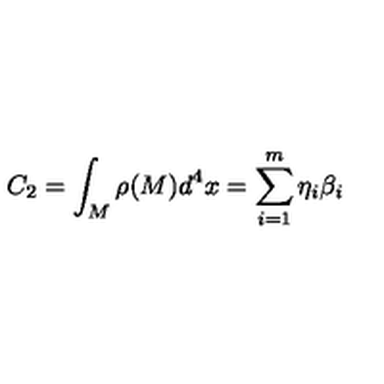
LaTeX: C _ { 2 } = \int _ { M } \rho ( M ) d ^ { 4 } x = \sum _ { i = 1 } ^ { m } \eta _ { i } \beta _ { i }